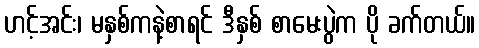
ဟင့်အင်း၊ မနှစ်ကနဲ့စာရင် ဒီနှစ် စာမေးပွဲက ပို ခက်တယ်။